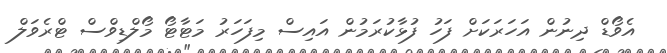
އެވޯޑް ދިނުން އަހަރަކަށް ފަހު ފުޅާކުރަމުން އައިސް މިފަހަރު މަޓާޓޯ މޯލްޑިވްސް ޓްރެވަލް